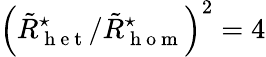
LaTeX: \left(\tilde{R}_{\mathrm{~h~e~t~}}^{\star}/\tilde{R}_{\mathrm{~h~o~m~}}^{\star}\right)^{2}=4